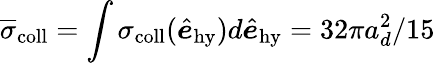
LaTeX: \overline{{\sigma}}_{\mathrm{coll}}=\int\sigma_{\mathrm{coll}}(\hat{\boldsymbol{e}}_{\mathrm{hy}})d\hat{\boldsymbol{e}}_{\mathrm{hy}}={32\pi a_{d}^{2}/15}